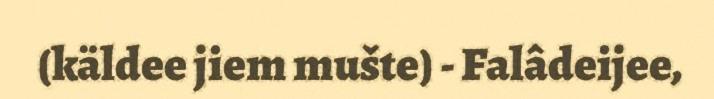
(käldee jiem mušte) - Falâdeijee,